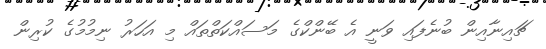
ޗައިނާއިން ބުނެފައި ވަނީ އެ ބޭންކްގެ މަސައްކަތްތައް މި އަހަރު ނިމުމުގެ ކުރިން